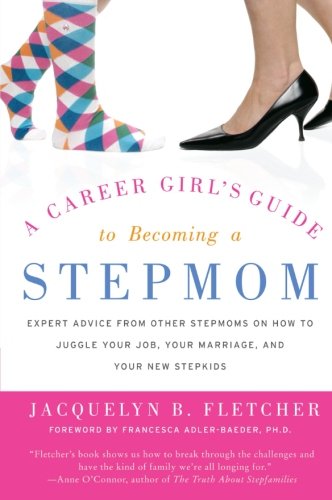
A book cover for A Career Girl's Guide to Becoming a Stepmom: Expert Advice from Other Stepmoms on How to Juggle Your Job, Your Marriage, and Your New Stepkids; Jacquelyn B. Fletcher; Parenting & Relationships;